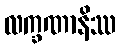
လက္ခဏာနိဿ